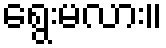
ရွေးမလား။